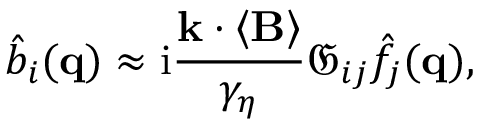
\hat { b } _ { i } ( \mathbf { q } ) \approx \mathrm { i } \frac { \mathbf { k } \cdot \left\langle \mathbf { B } \right\rangle } { \gamma _ { \eta } } \mathfrak { G } _ { i j } \hat { f } _ { j } ( \mathbf { q } ) ,